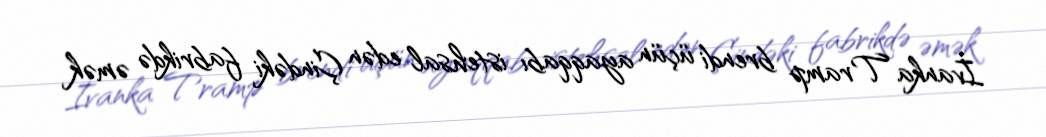
İvanka Tramp brendi üçün ayaqqabı istehsal edən Çindəki fabrikdə əmək